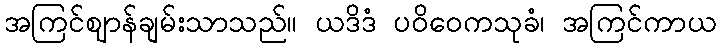
အကြင်ဈာန်ချမ်းသာသည်။ ယဒိဒံ ပဝိဝေကသုခံ၊ အကြင်ကာယ